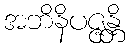
အဘိနိပဇ္ဇန္တိ